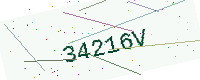
Text: 34216V